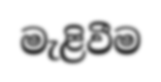
මැළිවීම